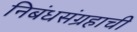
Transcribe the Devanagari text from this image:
निबंधसंग्रहाची